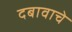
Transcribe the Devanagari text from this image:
दबावाचे